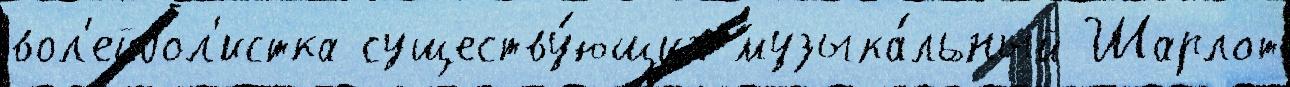
вол'ейбол'истка существу́ющих музыка́льный Шарлот